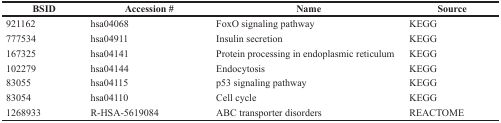
| BSID | Accession # | Name | Source |
 | --- | --- | --- | --- |
 | 921162 | hsa04068 | FoxO signaling pathway | KEGG |
 | 777534 | hsa04911 | Insulin secretion | KEGG |
 | 167325 | hsa04141 | Protein processing in endoplasmic reticulum | KEGG |
 | 102279 | hsa04144 | Endocytosis | KEGG |
 | 83055 | hsa04115 | p53 signaling pathway | KEGG |
 | 83054 | hsa04110 | Cell cycle | KEGG |
 | 1268933 | R-HSA-5619084 | ABC transporter disorders | REACTOME |